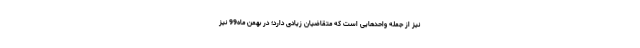
نیز از جمله واحدهایی است که متقاضیان زیادی دارد؛ در بهمن ماه99 نیز